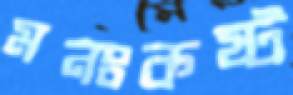
মনঃকষ্ট